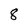
Character: 8